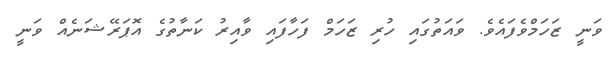
ވަނީ ޒަހަމްވެފައެވެ. ވައަތުގައި ހުރި ޒަހަމް ފަހާފައި ވާއިރު ކަނާތުގެ އޮޕަރޭޝަނެއް ވަނީ